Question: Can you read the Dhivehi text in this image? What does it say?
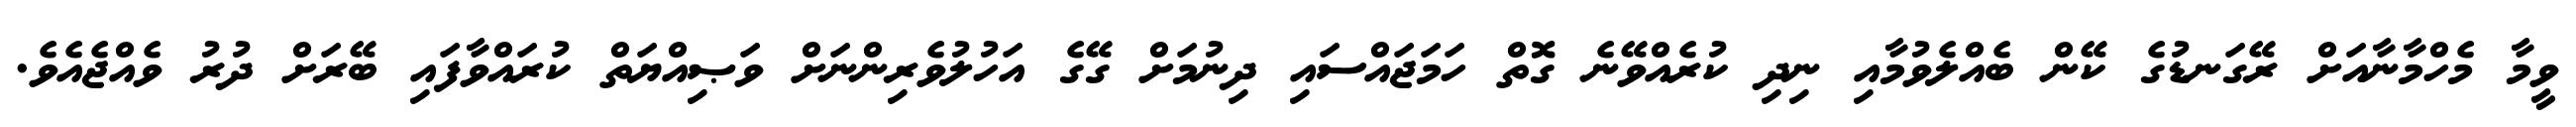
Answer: ވީމާ މެހްމާނާއަށް ރޭގަނޑުގެ ކޭން ބެއްލެވުމާއި ނިދި ކުރެއްވޭނެ ގޮތް ހަމަޖައްސައި ދިނުމަށް ގޭގެ އަހުލުވެރިންނަށް ވަޞިއްޔަތް ކުރައްވާފައި ބޭރަށް ދުރު ވެއްޖެއެވެ.